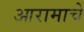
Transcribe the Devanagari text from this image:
आरामाचे